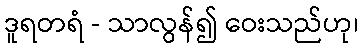
ဒူရတရံ - သာလွန်၍ ဝေးသည်ဟု၊